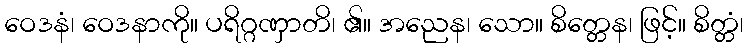
ဝေဒနံ၊ ဝေဒနာကို။ ပရိဂ္ဂဏှာတိ၊ ၏။ အညေန၊ သော။ စိတ္တေန၊ ဖြင့်။ စိတ္တံ၊